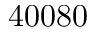
4 0 0 8 0